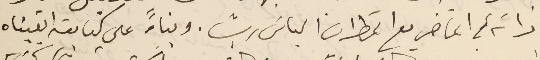
ذاته في الماضي مع المطران الياسَ ريشا. وبناءً على كتابته ابقيناه